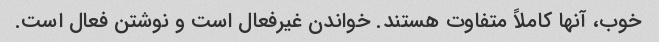
خوب، آنها کاملاً متفاوت هستند. خواندن غیرفعال است و نوشتن فعال است.